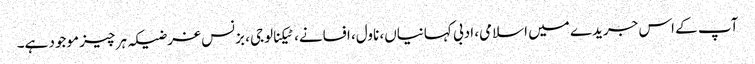
آپ کے اس جریدے میں اسلامی، ادبی کہانیاں، ناول، افسانے، ٹیکنالوجی، بزنس غرضیکہ ہر چیز موجود ہے۔